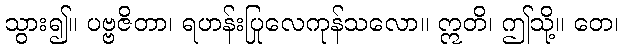
သွား၍။ ပဗ္ဗဇိတာ၊ ရဟန်းပြုလေကုန်သလော။ ဣတိ၊ ဤသို့။ တေ၊